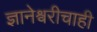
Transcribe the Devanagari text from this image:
ज्ञानेश्वरीचाही